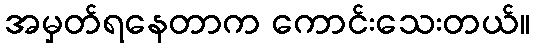
အမှတ်ရနေတာက ကောင်းသေးတယ်။